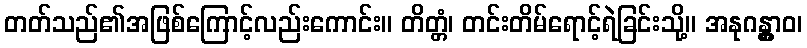
တတ်သည်၏အဖြစ်ကြောင့်လည်းကောင်း။ တိတ္တံ၊ တင်းတိမ်ရောင့်ရဲခြင်းသို့။ အနုဂန္တွာဝ၊